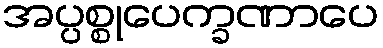
အပ္ပစ္စုပေက္ခဏာပေ